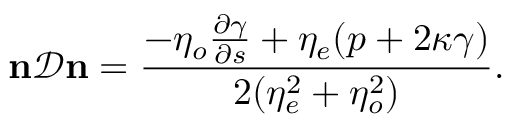
\mathbf { n } \mathcal { D } \mathbf { n } = \frac { - \eta _ { o } \frac { \partial \gamma } { \partial s } + \eta _ { e } ( p + 2 \kappa \gamma ) } { 2 ( \eta _ { e } ^ { 2 } + \eta _ { o } ^ { 2 } ) } .